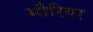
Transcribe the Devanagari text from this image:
मौरियर